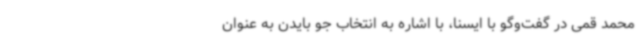
محمد قمی در گفت‌وگو با ایسنا، با اشاره به انتخاب جو بایدن به عنوان